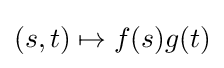
(s,t)\mapsto f(s)g(t)